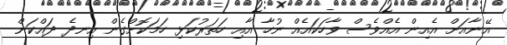
އޭނާއަށް އެއިން އެއްވެސް ވާހަކައެއް ނުހާ އާއި ހަތަރުކަޅި ހަމަކޮށްގެން އިނދެ ދައްކަން